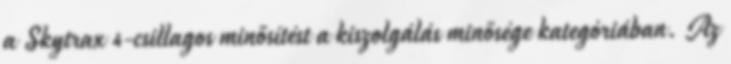
a Skytrax 4-csillagos minősítést a kiszolgálás minősége kategóriában. Az